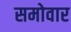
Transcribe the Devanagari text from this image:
समोवार